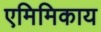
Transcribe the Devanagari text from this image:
एमिमिकाय